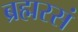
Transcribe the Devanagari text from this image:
ब्रह्मरसं